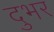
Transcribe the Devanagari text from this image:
दुभर